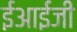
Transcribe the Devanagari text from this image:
ईआईजी